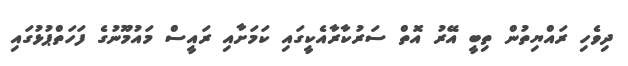
ދިވެހި ރައްޔިތުން ތިބީ އޭރު އޮތް ސަރުކާރާއެކީގައި ކަމަށާއި ރައީސް މައުމޫނުގެ ފަހަތްޕުޅުގައި